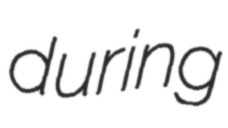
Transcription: during